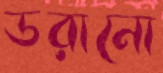
ডরানো